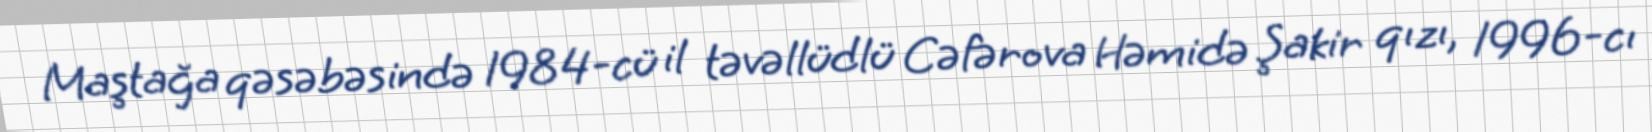
Maştağa qəsəbəsində 1984-cü il təvəllüdlü Cəfərova Həmidə Şakir qızı, 1996-cı